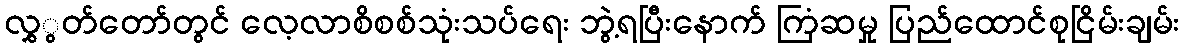
လွှွတ်တော်တွင် လေ့လာစိစစ်သုံးသပ်ရေး ဘွဲ့ရပြီးနောက် ကြံဆမှု ပြည်ထောင်စုငြိမ်းချမ်း